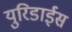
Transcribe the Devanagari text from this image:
युरिडाईस